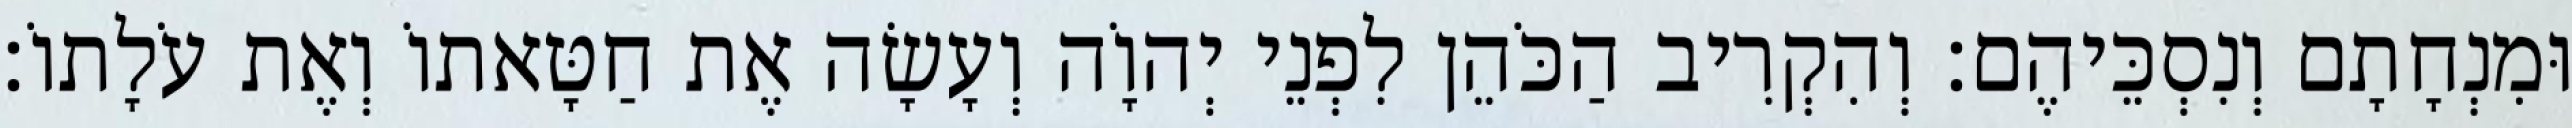
וּמִנְחָתָם וְנִסְכֵּיהֶם׃ וְהִקְרִיב הַכֹּהֵן לִפְנֵי יְהוָֹה וְעָשָׂה אֶת חַטָּאתוֹ וְאֶת עֹלָתוֹ׃